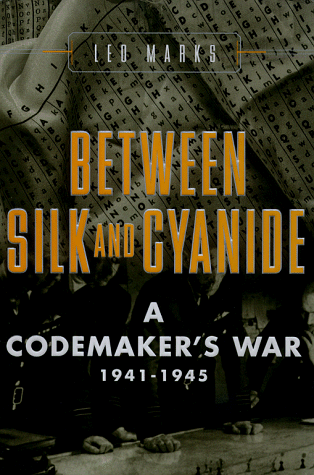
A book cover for Between Silk and Cyanide: A Codemaker's War, 1941-1945; Leo Marks; History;